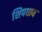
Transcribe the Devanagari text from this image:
शिपबाय